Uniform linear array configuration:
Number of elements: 32
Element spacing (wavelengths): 0.5
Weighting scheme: cosine
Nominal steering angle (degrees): -60
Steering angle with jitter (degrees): -61.604
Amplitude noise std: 0.05
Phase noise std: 0.05

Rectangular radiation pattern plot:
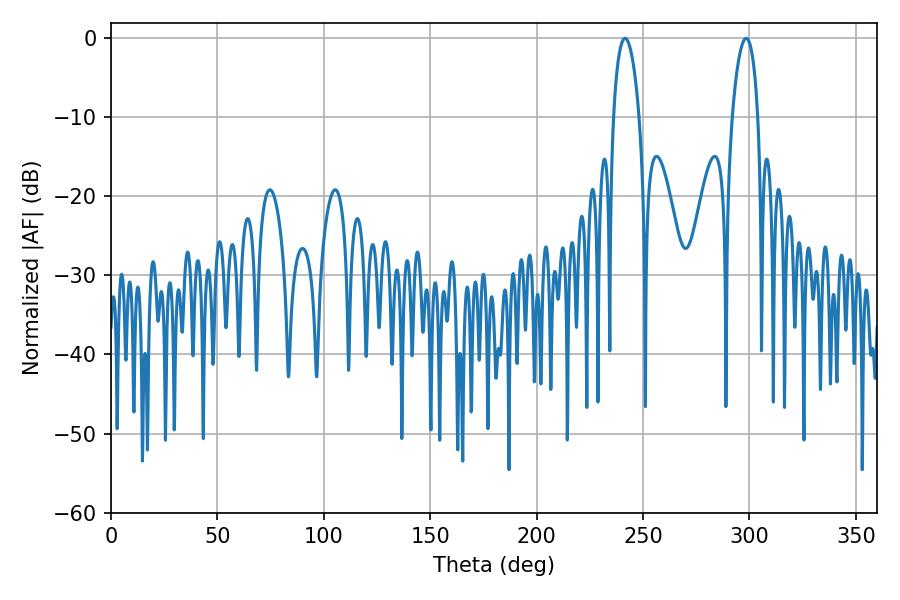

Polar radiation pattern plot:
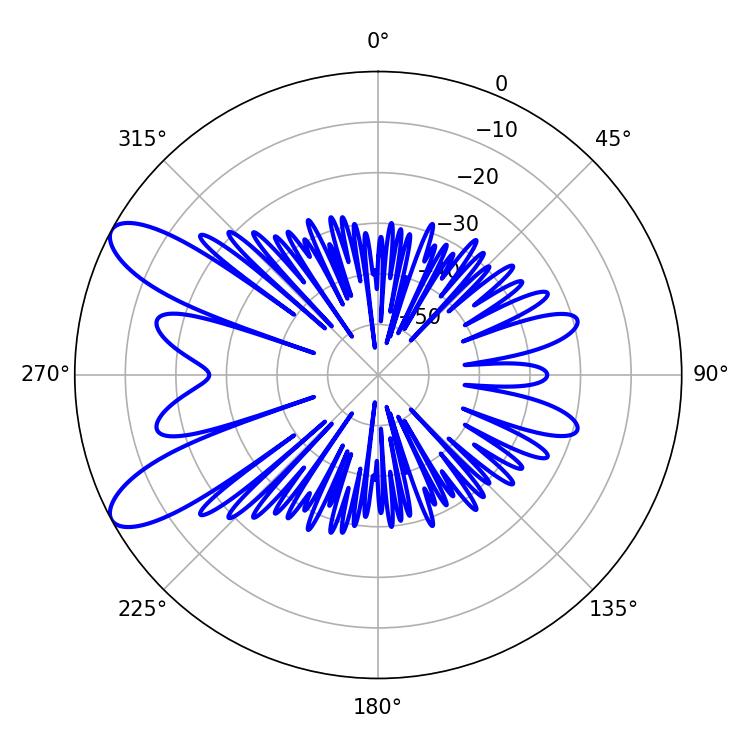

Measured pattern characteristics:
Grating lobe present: FALSE
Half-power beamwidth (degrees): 6.84
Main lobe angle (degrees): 241.56